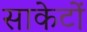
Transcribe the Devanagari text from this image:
साकेटों